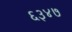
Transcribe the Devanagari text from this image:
६३४७